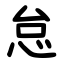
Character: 怠